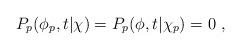
LaTeX: \begin{align*} P_p(\phi_p,t|\chi)= P_p(\phi,t|\chi_p) = 0 \ ,\end{align*}